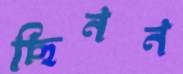
ছিনন